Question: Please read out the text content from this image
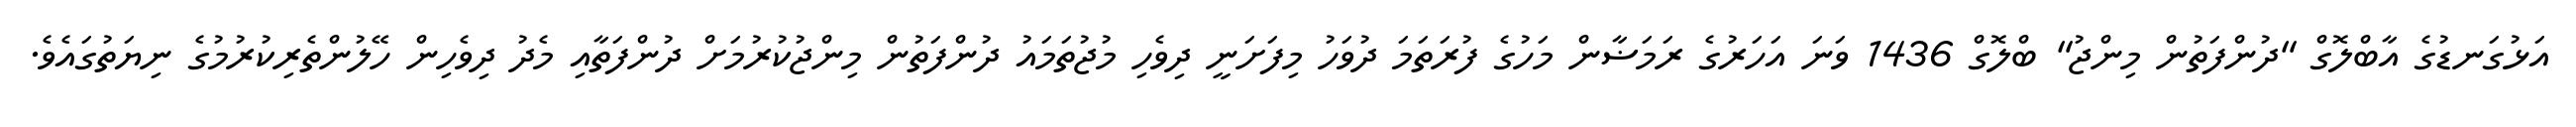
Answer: އަޅުގަނޑުގެ އާބްލޮގް "ދުންފަތުން މިންޖު" ބްލޮގް 1436 ވަނަ އަހަރުގެ ރަމަޟާން މަހުގެ ފުރަތަމަ ދުވަހު މިފަށަނީ ދިވެހި މުޖުތަމައު ދުންފަތުން މިންޖުކުރުމަށް ދުންފަތާއި މެދު ދިވެހިން ހޭލުންތެރިކުރުމުގެ ނިޔަތުގައެވެ.